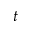
t